Report of the King Institute of Preventive Medicine, Guindy
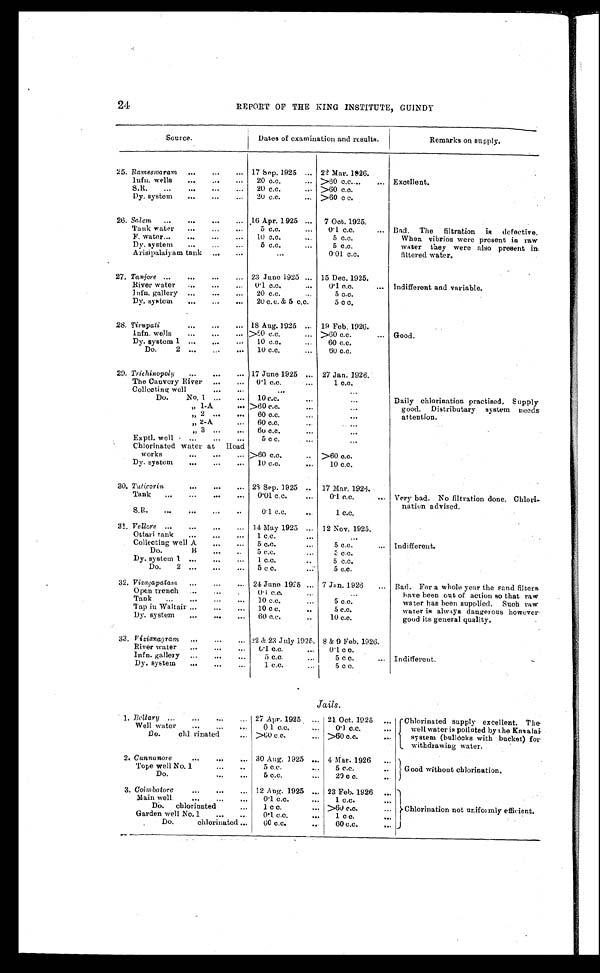
24
REPORT OF THE KING INSTITUTE, GUINDY
Source.
Dates of examination and results.
Remarks on supply.
25. Rameswaram. . . 17 Sep. 1925 . . . 22 Mar. 1926.
Excellent.
lnfn. wells . . . 20 c.c. . . . >60 c.c. . . .
S.R. . . . 2 0 c . c . . . .
>60 c.c.
Dy. system . . . 20 c.c. . . . >60 c. c.
26. Salem . . . 16 Apr. 1925 . . . 7 Oct. 1925.
Bad. The filtration is defective.
When vibrios were present in raw
water they were also present in
filtered water.
Tank water . . . 5 c.c. . . . 0.1 c.c. . . .
F. water . . . 10 c.c.
. . . 5 c.c.
Dy. system . . . 5 c.c. . . . 5 c.c.
Arisi palaiyam tank . . .
. . .
0.01 c.c.
27. Tanjore . . . 23 June 1925 . . . 15 Dec, 1925.
Indifferent and variable.
River water . . .
0.1 c.c. . . . 0.1 c.c. . . .
lnfn. gallery . . . 20 c.c. . . .
5 c.c.
Dy. system . . . 20 c.c. & 5 c.c.
5 c c.
28. Tirupati
. . . 18 Aug. 1925 . . . 19 Feb. 1926.
Good.
lnfn. wells . . . >60 c.c. . . . >60 c.c. . . .
Dy. system 1 . . . 10c.c.
. . . 60 c.c.
Do.
2 . . . 10 c.c.. . . 6 0 c . c .
29. Trichinopoly . . . 17 June 1925 . . . 27 Jan. 1926.
Daily chlorination practised. Supply
good. Distributary system needs
attention.
Tho Cauvery River . . . 0.1 c.c. . . . 1 c.c.
Collecting well . . .
. . .
. . .
Do. No. 1.
. . . 10 c.c. . . .
. . .
" 1-A . . . >60 c.c. . . .
. . .
" 2 . . . 60 c.c. . . .
. . .
" 2-A . . . 60 c.c. . . .
. . .
" 3 . . . 60 c.c. . . .
. . .
Exptl. well . . . 5 c c. . . .
. . .
Chlorinated water at Head
works . . . >60 c.c. . . . >60 c.c.
Dy. system . . . 10 c.c. . . . 10 c.c.
30. Tuticorin . . . 28 Sep. 1925 . . . 17 Mar. 1926.
Very bad. No filtration done. Chlori -
nation advised.
Tank . . . 0.01 c.c.. . . 0.1 c.c. . . .
0.1 c.c. . . .
1 c.c.
31. Vellore . . . 14 May 1925 . . . 12 Nov. 1925.
Ottari tank . . . 1 c.c. . . .
. . .
Indifferent.
Collecting well A . . . 5 c.c. . . .
5 c.c. . . .
Do. B. . . 5 c. c. . . .
3 c.c.
Dy. system 1 . . . 1 c.c. . . .
5 c . c .
Do. 2 . . . 5 c. c. . . . 5 c.c.
32. Vizagapatam . . . 24 June 1925 . . . 7 Jan. 1926 . . .
Bad. For a whole year the sand filters.
have been out of action sot h a t r a w
water has been supplied. Such raw
water is always dangerous however
good its general quality.
Open trench . . .
0 . 1 c . c . . .
. . .
Tank . . . 10 c.c. . . . 5 c . c .
Tap in Waltair . . . 10 c. c. . . .
5 c.c.
Dy. system . . . 60 c.c. . . . 10 c.c.
33. vizianagram. . . 22 & 23 July 1925. 8 & 9 Feb. 1926.
Indifferent.
River water . . . 0.1 c.c. . . . 0.1 c.c.
Infn. gallery . . . 5 c.c. . . . 5 c. c. . . .
Dy. system. . .
1 c.c. . . . 5 c c.
1. Bellary . . . 27 Apr. 1925 . . . 21 Oct. 1925 . . . Chlorinated supply excellent. The
well water is polluted by the Kavalai
system (bullocks with bucket) for
withdrawing water.
Well water . . . 0 .1 c . c . . . . 0.1 c . c . . . .
Do. chi rinated . . . >60 c.c. . . . >60 c.c. . . .
2. Cannanore . . . 30 Aug. 1925 . . . 4 Mar. 1926 . . . Good without chlorinatio
n .
Tope well No. 1 . . . 5 c.c. . . . 5 c.c. . . .
Do. . . . 5 c.c. . . . 29 c c.
3. Coimbatore . . . 12 Aug. 1925 . . . 23 Feb. 1926 . . .
Chlorination not uniformly efficient.
Main well . . . 0.1 c.c. . . . 1 c.c. . . .
Do. chlorinated . . . 1 c. c. . . . >60 c.c. . . .
Garden well No.1 . . . 0.1 c.c. . . . 1 c. c. . . .
Do.chlorinated . . . 60 c.c. . . . 60 c.c. . . .